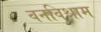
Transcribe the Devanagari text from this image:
वनविश्राम